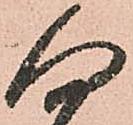
向